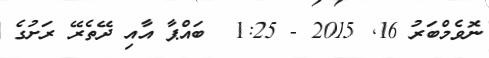
ނޮވެމްބަރު 16